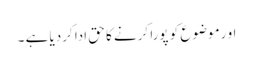
او رموضوع کو پورا کرنے کا حق ادا کردیا ہے ۔